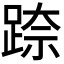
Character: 𮛢